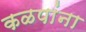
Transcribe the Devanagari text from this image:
कळपांना